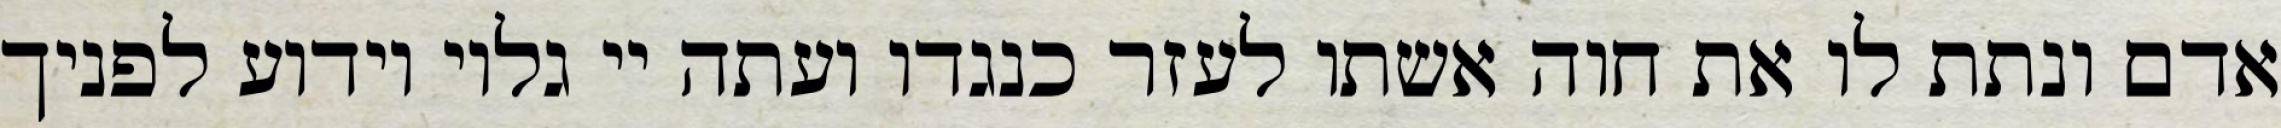
אדם ונתת לו את חוה אשתו לעזר כנגדו ועתה יי גלוי וידוע לפניך